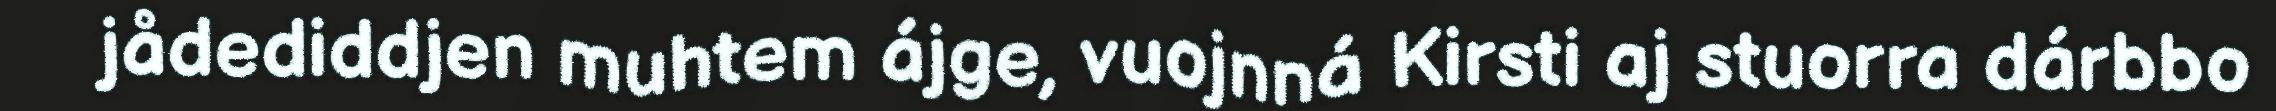
jådediddjen muhtem ájge, vuojnná Kirsti aj stuorra dárbbo